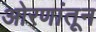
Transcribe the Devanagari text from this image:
ओरणांतून